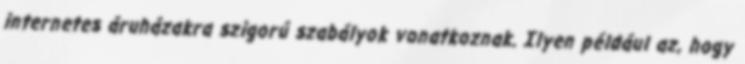
internetes áruházakra szigorú szabályok vonatkoznak. Ilyen például az, hogy